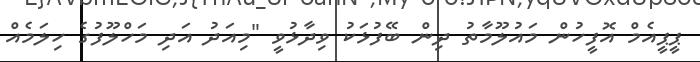
ޕީޕީއެމް އޮފީހުން މައުލޫމާތު ދިން ބޭފުޅަކު ވިދާޅުވީ "މިއަދު އަދި މަހްލޫފުގެ ހިލަމެއް